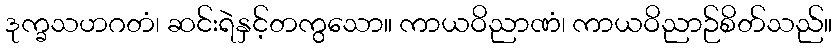
ဒုက္ခသဟဂတံ၊ ဆင်းရဲနှင့်တကွသော။ ကာယဝိညာဏံ၊ ကာယဝိညာဉ်စိတ်သည်။